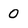
Character: 0